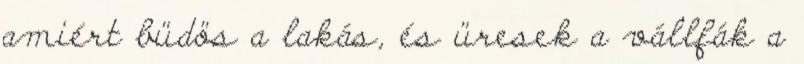
amiért büdös a lakás, és üresek a vállfák a